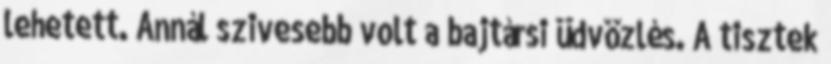
lehetett. Annál szivesebb volt a bajtársi üdvözlés. A tisztek